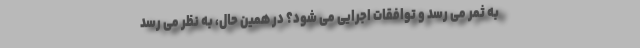
به ثمر می رسد و توافقات اجرایی می شود؟ در همین حال، به نظر می رسد